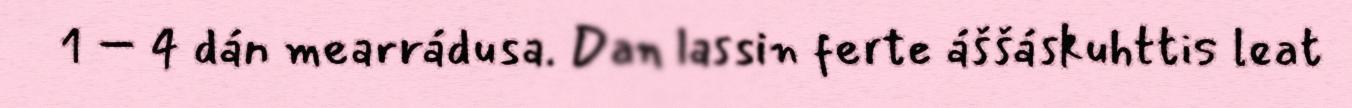
1 – 4 dán mearrádusa. Dan lassin ferte áššáskuhttis leat